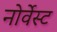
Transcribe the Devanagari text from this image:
नोर्वेस्ट